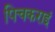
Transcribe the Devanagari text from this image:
पिचकराइं